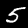
Digit: 5